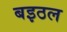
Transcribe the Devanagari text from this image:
बइठल